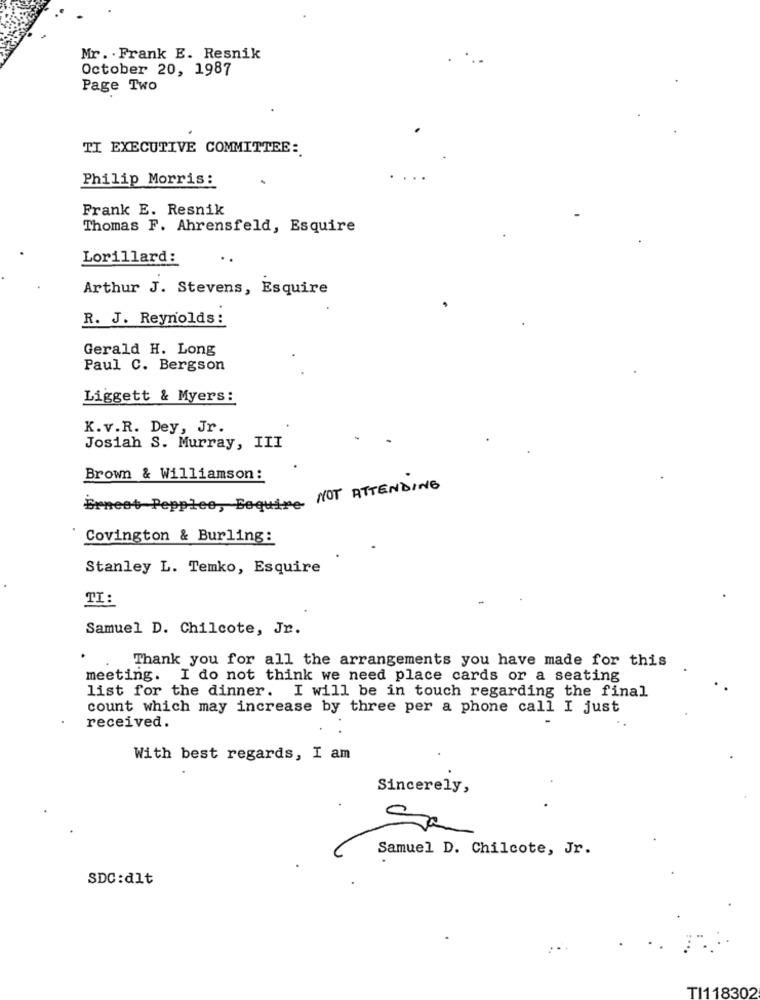
Mr. . Frank E. Resnik
October 20, 1987
Page Two
TI EXECUTIVE COMMITTEE:
Philip Morris:
Frank E. Resnik
Thomas F. Ahrensfeld, Esquire
Lorillard:
Arthur J. Stevens, Esquire
R. J. Reynolds:
Gerald H. Long
Paul C. Bergson
Liggett & Myers:
K.v.R. Dey, Jr.
Josiah S. Murray, III
Brown & Williamson:
Ernest Pepples, Bequipe NOT ATTENDING
Covington & Burling:
Stanley L. Temko, Esquire
TI:
Samuel D. Chilcote, Jr.
Thank you for all the arrangements you have made for this
meeting. I do not think we need place cards or a seating
list for the dinner. I will be in touch regarding the final
count which may increase by three per a phone call I just
received.
With best regards, I am
Sincerely,
Samuel D. Chilcote, Jr.
SDC:dlt
TI118302